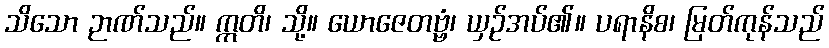
သိသော ဉာဏ်သည်။ ဣတိ၊ သို့။ ယောဇေတဗ္ဗံ၊ ယှဉ်အပ်၏။ ပရာနိစ၊ မြတ်ကုန်သည်